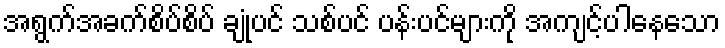
အရွက်အခက်စိပ်စိပ် ချုံပင် သစ်ပင် ပန်းပင်များကို အကျင့်ပါနေသော